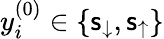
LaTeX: y_{i}^{(0)}\in\{ \mathsf{s}_{\downarrow},\mathsf{s}_{\uparrow}\}